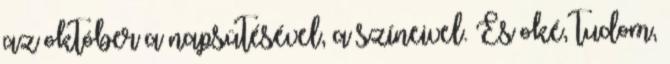
az október a napsütésével, a színeivel. És oké, tudom,